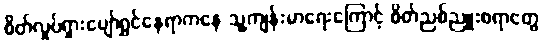
စိတ်လှုပ်ရှားပျော်ရွှင်နေရာကနေ သူ့ကျန်းမာရေးကြောင့် စိတ်ညစ်ညူးစရာတွေ